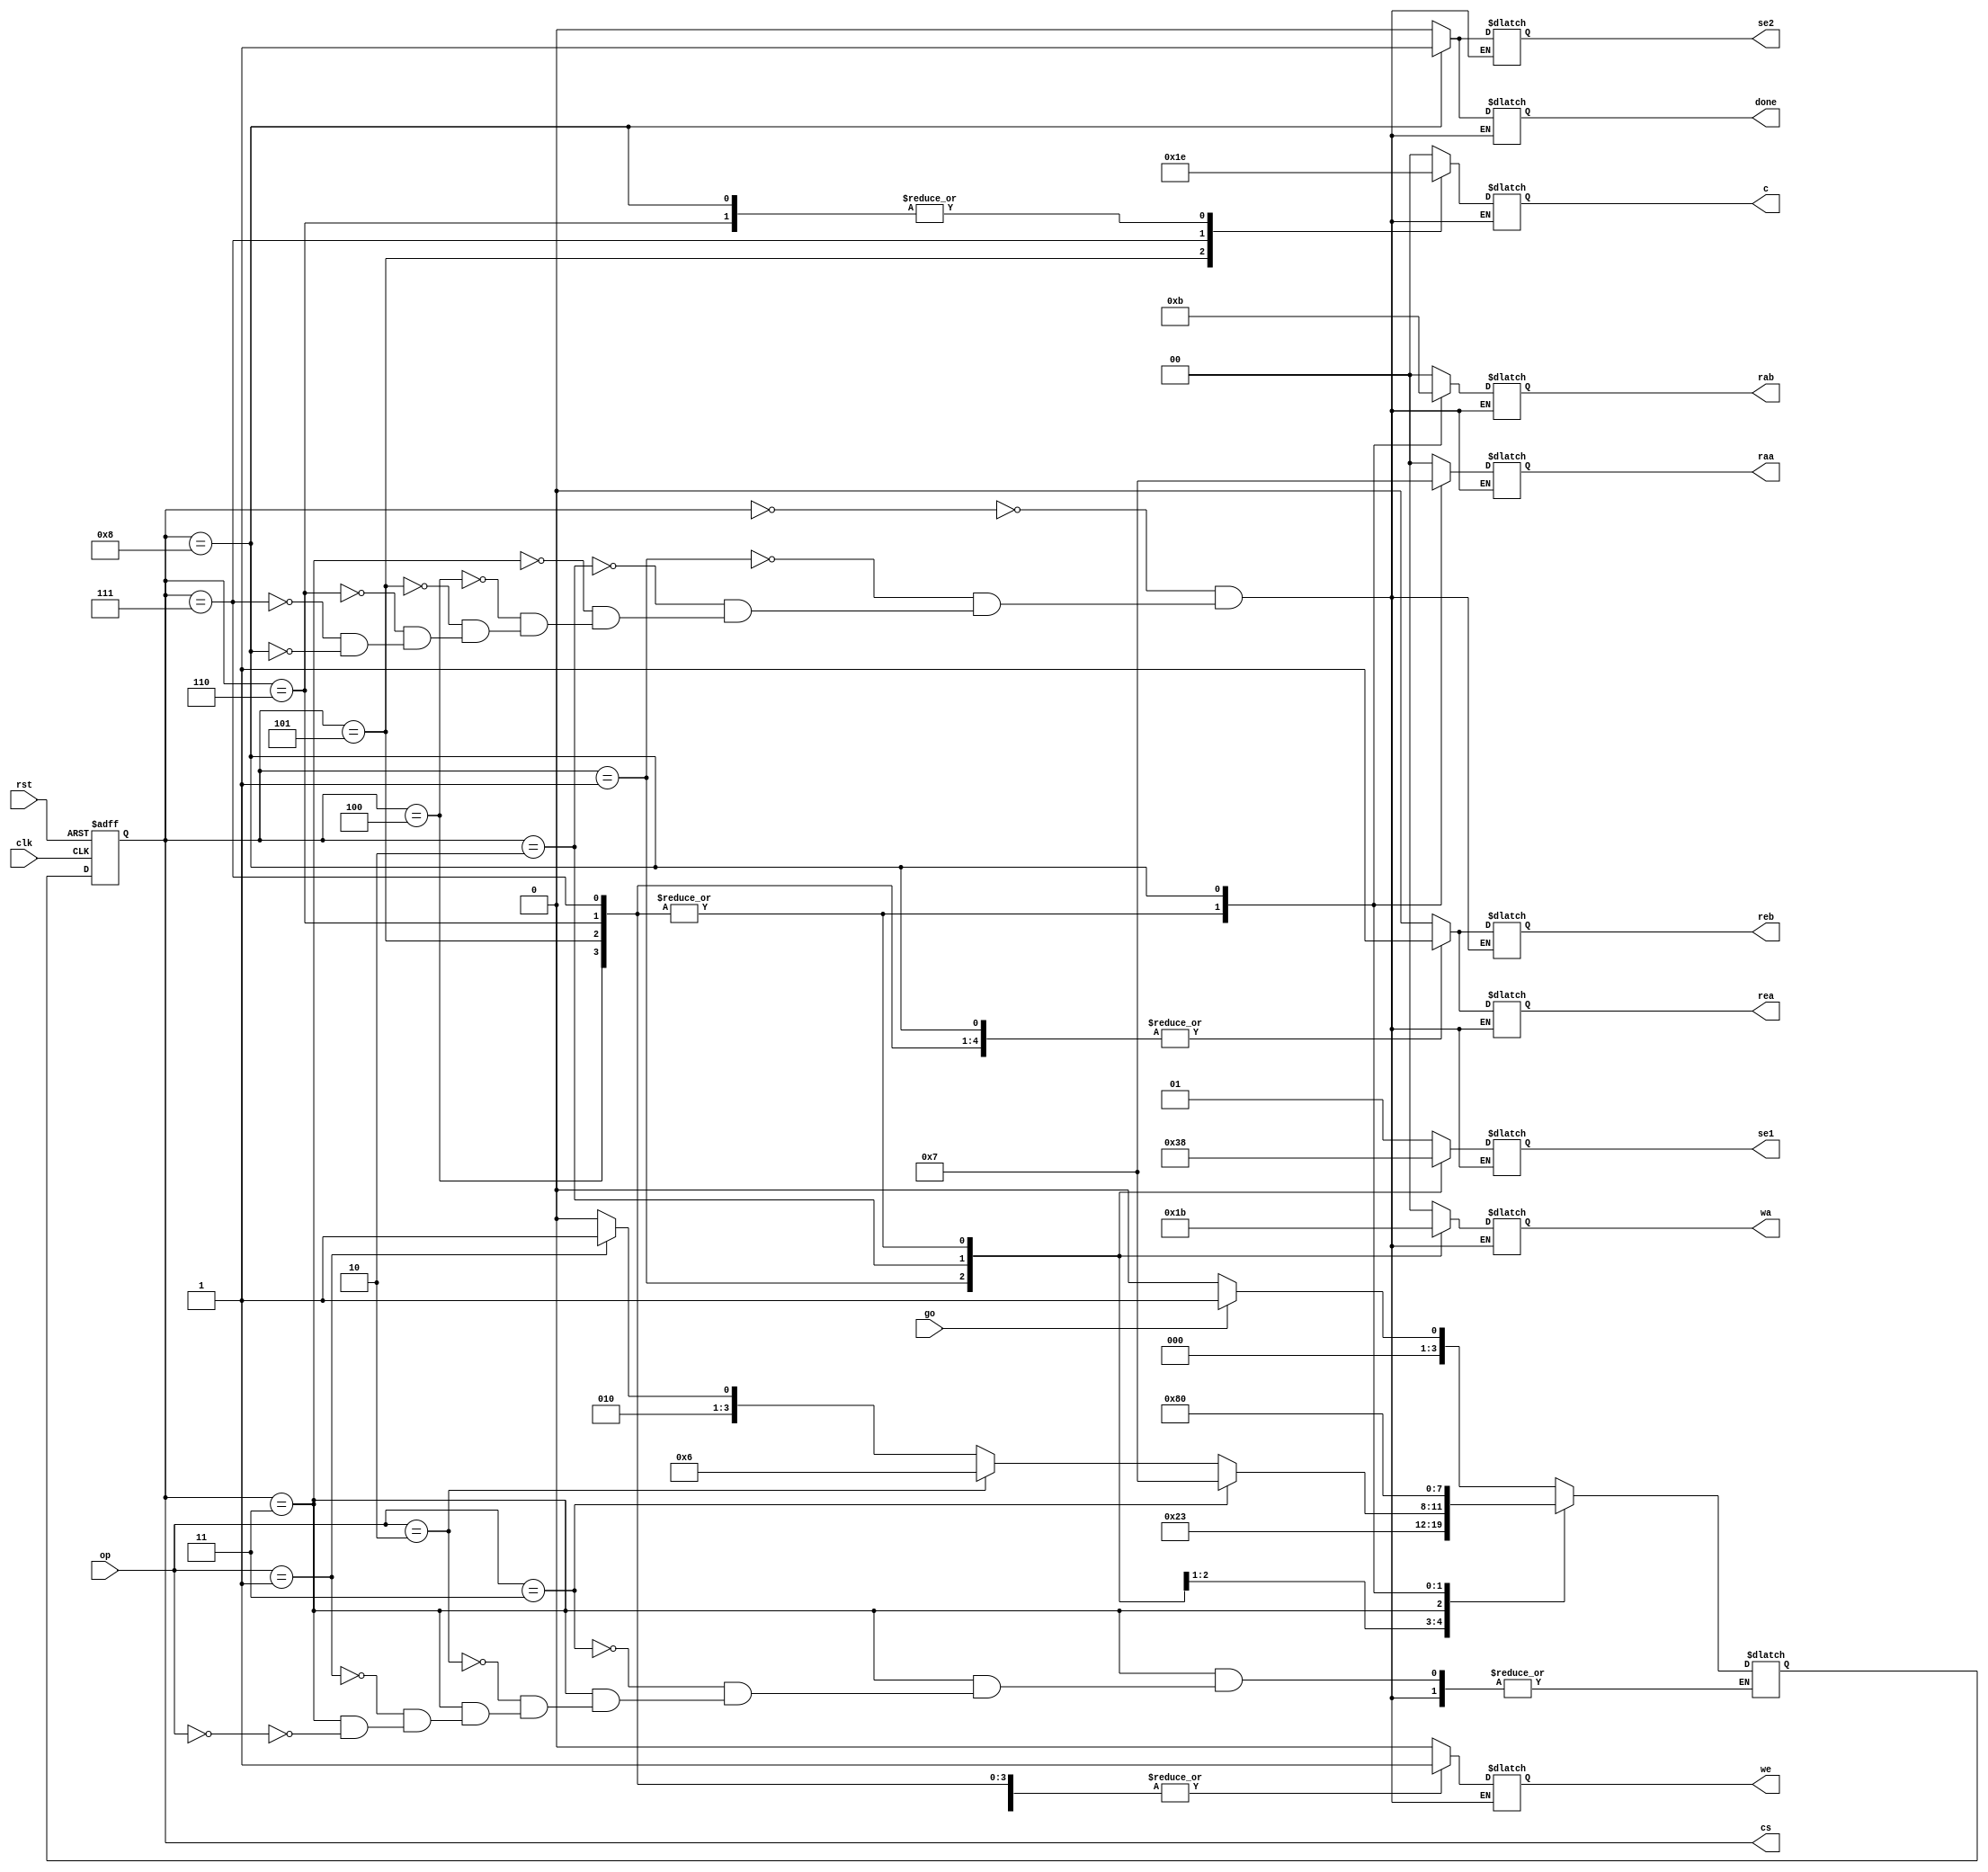
`timescale 1ns / 1ps
module FSM_CU(
input go,clk,rst,
input [1:0] op,
output reg we,rea,reb,se2,
output reg done,
output reg [3:0] cs,
output reg [1:0] se1, wa, raa, rab, c
);
reg [3:0] ns;

always @(posedge clk, posedge rst)
begin
    if(rst)
        begin cs<=0; end
    else
        begin cs<=ns; end
end
always@(cs, go, op)
begin
   case(cs)
0:begin se1=2'b01; wa=2'b00; we=1'b0; raa=2'b00; 
rea=1'b0; rab=2'b00; reb=1'b0; c=2'b00; se2=1'b0; done=1'b0; end 
1:begin se1=2'b11; wa=2'b01; we=1'b1; raa=2'b00; 
rea=1'b0; rab=2'b00; reb=1'b0; c=2'b00; se2=1'b0; done=1'b0; end 
2:begin se1=2'b10; wa=2'b10; we=1'b1; raa=2'b00; 
rea=1'b0; rab=2'b00; reb=1'b0; c=2'b00; se2=1'b0; done=1'b0; end 
3:begin se1=2'b01; wa=2'b00; we=1'b0; raa=2'b00; 
rea=1'b0; rab=2'b00; reb=1'b0; c=2'b00; se2=1'b0; done=1'b0; end 
4:begin se1=2'b00; wa=2'b11; we=1'b1; raa=2'b01;
rea=1'b1; rab=2'b10; reb=1'b1; c=2'b00; se2=1'b0; done=1'b0; end 
5:begin se1=2'b00; wa=2'b11; we=1'b1; raa=2'b01;
rea=1'b1; rab=2'b10; reb=1'b1; c=2'b01; se2=1'b0; done=1'b0; end 
6:begin se1=2'b00; wa=2'b11; we=1'b1; raa=2'b01; 
rea=1'b1; rab=2'b10; reb=1'b1; c=2'b10; se2=1'b0; done=1'b0; end 
7:begin se1=2'b00; wa=2'b11; we=1'b1; raa=2'b01;
rea=1'b1; rab=2'b10; reb=1'b1; c=2'b11; se2=1'b0; done=1'b0; end 
8:begin se1=2'b01; wa=2'b00; we=1'b0; raa=2'b11; 
rea=1'b1; rab=2'b11; reb=1'b1; c=2'b10; se2=1'b1; done=1'b1; end 
   endcase
end

always @(cs, go, op)
begin
case(cs)
0: begin if(go)
    ns=1;
    else ns=0;
    end
1:ns=2;
2:ns=3;
3:begin 
    if(op == 2'b00)
        ns=4;
    if(op == 2'b01)
        ns=5;
    if(op == 2'b10)
        ns=6;
    if(op == 2'b11)
        ns=7; 
   end
4: ns=8;
5: ns=8;
6: ns=8;
7: ns=8;
8: ns=0; 
endcase
end
endmodule